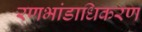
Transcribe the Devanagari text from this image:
रणभांडाधिकरण